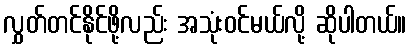
လွှတ်တင်နိုင်ဖို့လည်း အသုံးဝင်မယ်လို့ ဆိုပါတယ်။